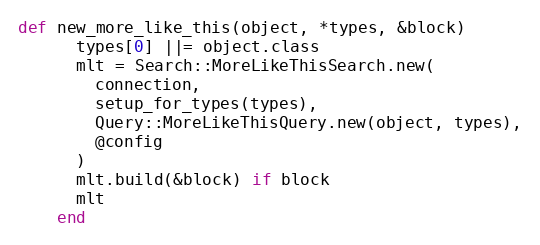
Language: Ruby
def new_more_like_this(object, *types, &block)
      types[0] ||= object.class
      mlt = Search::MoreLikeThisSearch.new(
        connection,
        setup_for_types(types),
        Query::MoreLikeThisQuery.new(object, types),
        @config
      )
      mlt.build(&block) if block
      mlt
    end